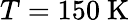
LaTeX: T=150~\mathrm{K}